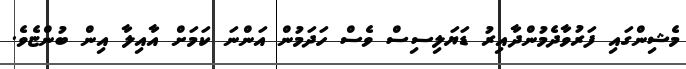
މެޝިންގައި ފަރުވާދެމުންދާއިރު ޑަޔަލިސިސް ވެސް ހަދަމުން އަންނަ ކަމަށް އާއިލާ އިން ބުންޏެވެ.